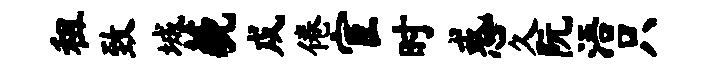
租致城藐戍倦宦时惑久阮浯只